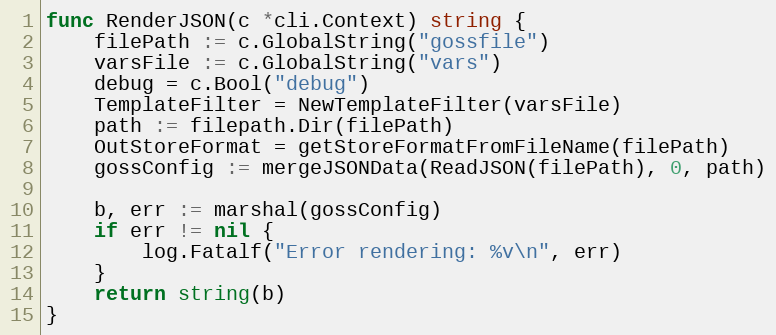
Language: Go
func RenderJSON(c *cli.Context) string {
	filePath := c.GlobalString("gossfile")
	varsFile := c.GlobalString("vars")
	debug = c.Bool("debug")
	TemplateFilter = NewTemplateFilter(varsFile)
	path := filepath.Dir(filePath)
	OutStoreFormat = getStoreFormatFromFileName(filePath)
	gossConfig := mergeJSONData(ReadJSON(filePath), 0, path)

	b, err := marshal(gossConfig)
	if err != nil {
		log.Fatalf("Error rendering: %v\n", err)
	}
	return string(b)
}